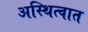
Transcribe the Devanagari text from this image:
अस्थित्वात